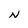
Character: N